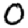
Digit: 0